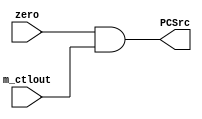
`timescale 1ns / 1ps

////////////////////////////////////////////////////////////////////////////////
// Company:       Universidad Nacional de Cordoba
//                Nicolas Quinteros Castilla
//
// Module Name:   AND_Gate
// Project Name:  MIPS
// Description:   The MIPS MEMORY (MEM) branching AND gate module.
//
// Dependencies:  None.
//
////////////////////////////////////////////////////////////////////////////////


module AND_Gate(
    input m_ctlout,
    input zero,
    output PCSrc);
    
	assign PCSrc = zero && m_ctlout;
endmodule